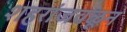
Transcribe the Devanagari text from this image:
शहरांजवळून